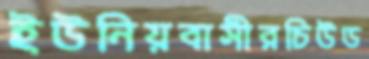
ইউনিয়বাসীরচিউড